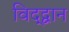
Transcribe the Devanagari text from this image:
विद्द्वान